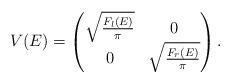
LaTeX: \begin{align*}V (E) = \left( \begin{matrix}\sqrt{\frac{ F_l (E) }{\pi } } &0\\ 0& \sqrt{\frac{F_r (E) } { \pi } } \end{matrix} \right).\end{align*}